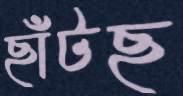
ছাঁটছ